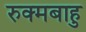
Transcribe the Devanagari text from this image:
रुक्मबाहु